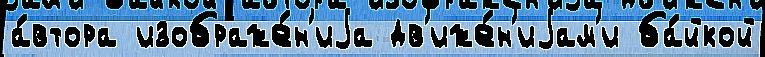
а́втора изображе́н'иjа дв'иже́н'иjам'и ба́йкой